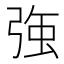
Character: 𭚸